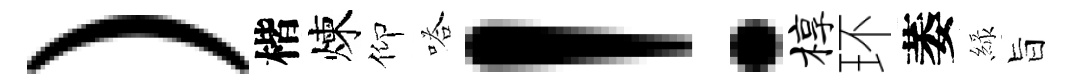
）楷煉仰嗒！椁环萎緑旨